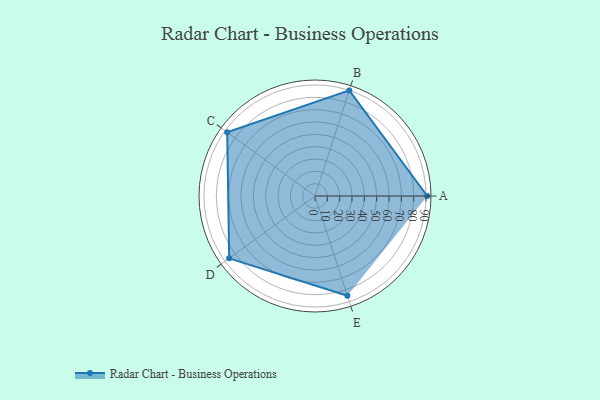
{"axis": {"x": "Skill", "y": "Score"}, "legend": ["Profile"], "data": [{"x": "A", "y": 91.0, "type": "Profile"}, {"x": "B", "y": 90.0, "type": "Profile"}, {"x": "C", "y": 88.0, "type": "Profile"}, {"x": "D", "y": 86.0, "type": "Profile"}, {"x": "E", "y": 85.0, "type": "Profile"}]}